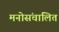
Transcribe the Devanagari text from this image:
मनोसंचालित